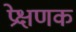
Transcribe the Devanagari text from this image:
प्रेक्षणक